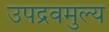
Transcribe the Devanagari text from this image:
उपद्रवमुल्य